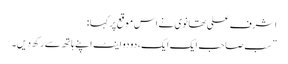
اشرف علی تھانوی نے اس موقع پر کہا :
” سب صاحب ایک ایک، دو دو اینٹ اپنے ہاتھ سے رکھ دیں۔